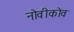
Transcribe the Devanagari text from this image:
नोवीकोव